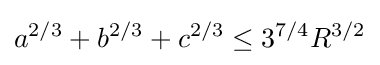
a^{2/3}+b^{2/3}+c^{2/3}\leq 3^{7/4}R^{3/2}